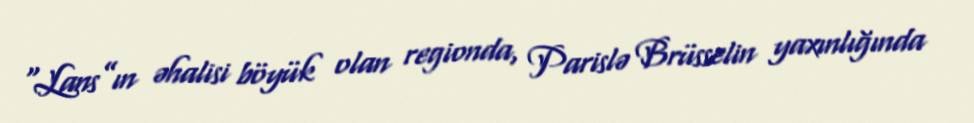
“Lans”ın əhalisi böyük olan regionda, Parislə Brüsselin yaxınlığında